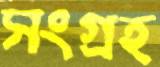
সংগ্রহ